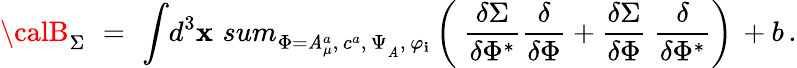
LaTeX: {\calB}_{\Sigma}\, \, =\, \, \displaystyle{\int}{d}^{3}\mathbf{x}\, \displaystyle{\, sum_{\Phi=\mathit{A}_{\mu}^{a},\, c^{a},\, \Psi_{_\mathit{A}},\, \varphi_{\mathbf{i}}}^{}}\left({\displaystyle{\ \frac{{\delta\Sigma}}{{\delta\Phi^{*}}}}}{\displaystyle{\frac{{\delta}}{{\delta\Phi}}}}+{\displaystyle{\frac{{\delta\Sigma}}{{\delta\Phi}}}}{\displaystyle{\ \frac{{\delta}}{{\delta\Phi^{*}}}}}\right)\, +b\, .